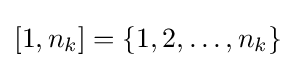
[1,n_{k}]=\{1,2,\ldots ,n_{k}\}